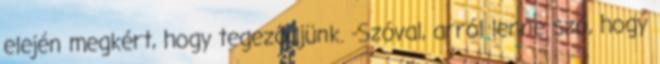
elején megkért, hogy tegeződjünk. -Szóval, arról lenne szó, hogy